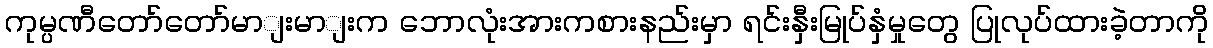
ကုမ္ပဏီတော်တော်မာျးမာျးက ဘောလုံးအားကစားနည်းမှာ ရင်းနှီးမြုပ်နှံမှုတွေ ပြုလုပ်ထားခဲ့တာကို